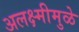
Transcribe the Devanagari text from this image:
अलक्ष्मीमुळे